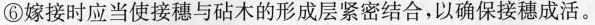
⑥嫁接时应当使接穗与砧木的形成层紧密结合，以确保接穗成活。